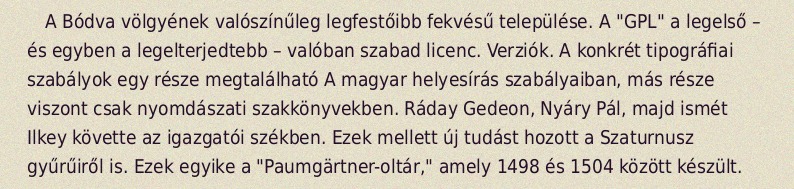
A Bódva völgyének valószínűleg legfestőibb fekvésű települése. A "GPL" a legelső – és egyben a legelterjedtebb – valóban szabad licenc. Verziók. A konkrét tipográfiai szabályok egy része megtalálható A magyar helyesírás szabályaiban, más része viszont csak nyomdászati szakkönyvekben. Ráday Gedeon, Nyáry Pál, majd ismét Ilkey követte az igazgatói székben. Ezek mellett új tudást hozott a Szaturnusz gyűrűiről is. Ezek egyike a "Paumgärtner-oltár," amely 1498 és 1504 között készült.